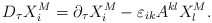
\begin{align*}D_{\tau }X_{i}^{M}=\partial _{\tau }X_{i}^{M}-\varepsilon_{ik}A^{kl}X_{l}^{M}.\end{align*}